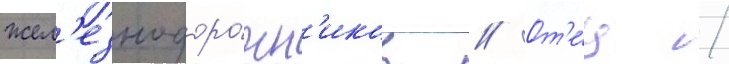
жел'езнодоро́жн'иков // От'е́ц /